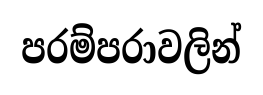
පරම්පරාවලින්